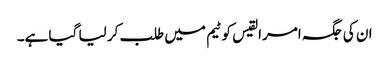
ان کی جگہ امرالقیس کو ٹیم میں طلب کر لیا گیا ہے۔